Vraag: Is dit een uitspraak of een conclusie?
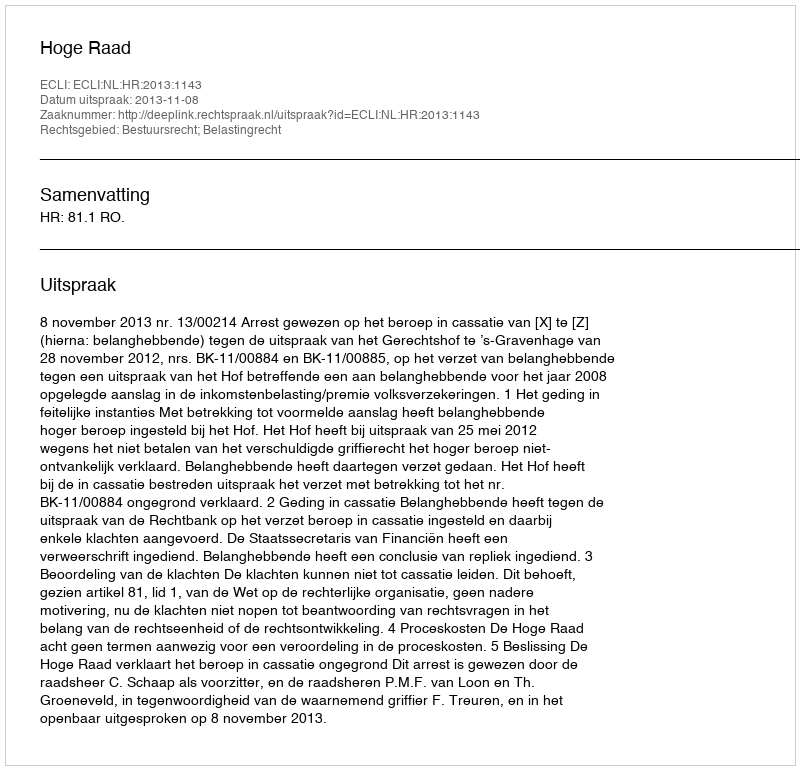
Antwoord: Uitspraak